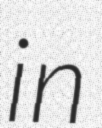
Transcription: in